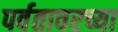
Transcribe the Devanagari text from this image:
पर्वतावरच्या